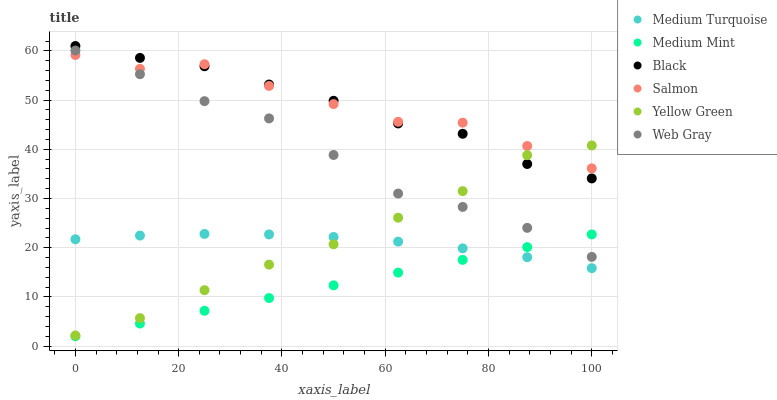
| xaxis_label | Medium Turquoise | Medium Mint | Black | Salmon | Yellow Green | Web Gray |
 | --- | --- | --- | --- | --- | --- | --- |
 | 0 | 21.7 | 2 | 61 | 59.2 | 2.17 | 60.1 |
 | 12.5 | 22.5 | 4.59 | 58.6 | 56.4 | 5.68 | 55.3 |
 | 25 | 22.8 | 7.18 | 56.9 | 57.3 | 11.4 | 49.8 |
 | 37.5 | 22.7 | 9.76 | 53.2 | 52.9 | 16.6 | 46.3 |
 | 50 | 22.2 | 12.4 | 49.9 | 49.2 | 20.7 | 38.8 |
 | 62.5 | 21.2 | 14.9 | 45.3 | 45.6 | 26.1 | 31 |
 | 75 | 19.9 | 17.5 | 43.2 | 45.4 | 31.5 | 28.3 |
 | 87.5 | 18.1 | 20.1 | 37 | 40.7 | 38.8 | 24 |
 | 100 | 15.8 | 22.7 | 34.1 | 36.1 | 40.8 | 18.1 |